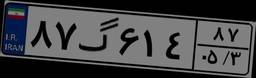
۲۵گ۲۳۰۲۵